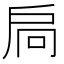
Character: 扃